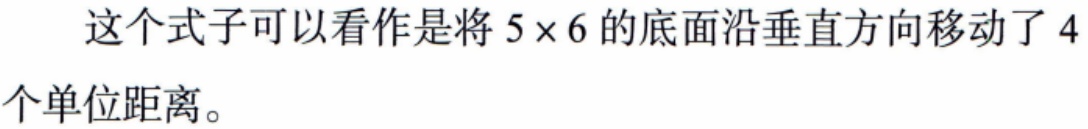
这个式子可以看作是将\(5\times 6\)的底面沿垂直方向移动了\(4\)个单位距离。